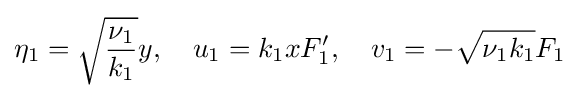
\eta _{1}={\sqrt {\frac {\nu _{1}}{k_{1}}}}y,\quad u_{1}=k_{1}xF_{1}',\quad v_{1}=-{\sqrt {\nu _{1}k_{1}}}F_{1}